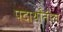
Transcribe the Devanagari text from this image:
पदार्थांतील